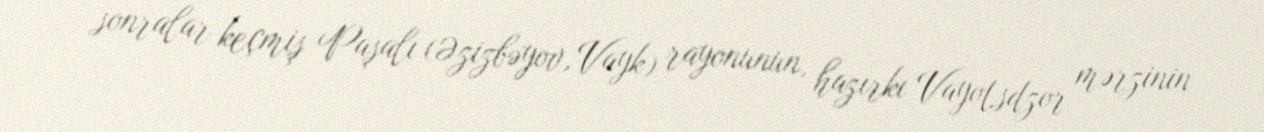
sonralar keçmiş Paşalı (Əzizbəyov, Vayk) rayonunun, hazırkı Vayotsdzor mərzinin